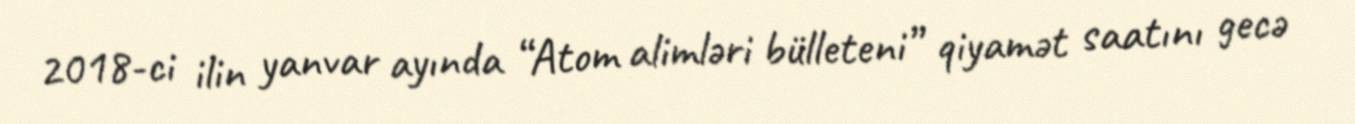
2018-ci ilin yanvar ayında “Atom alimləri bülleteni” qiyamət saatını gecə